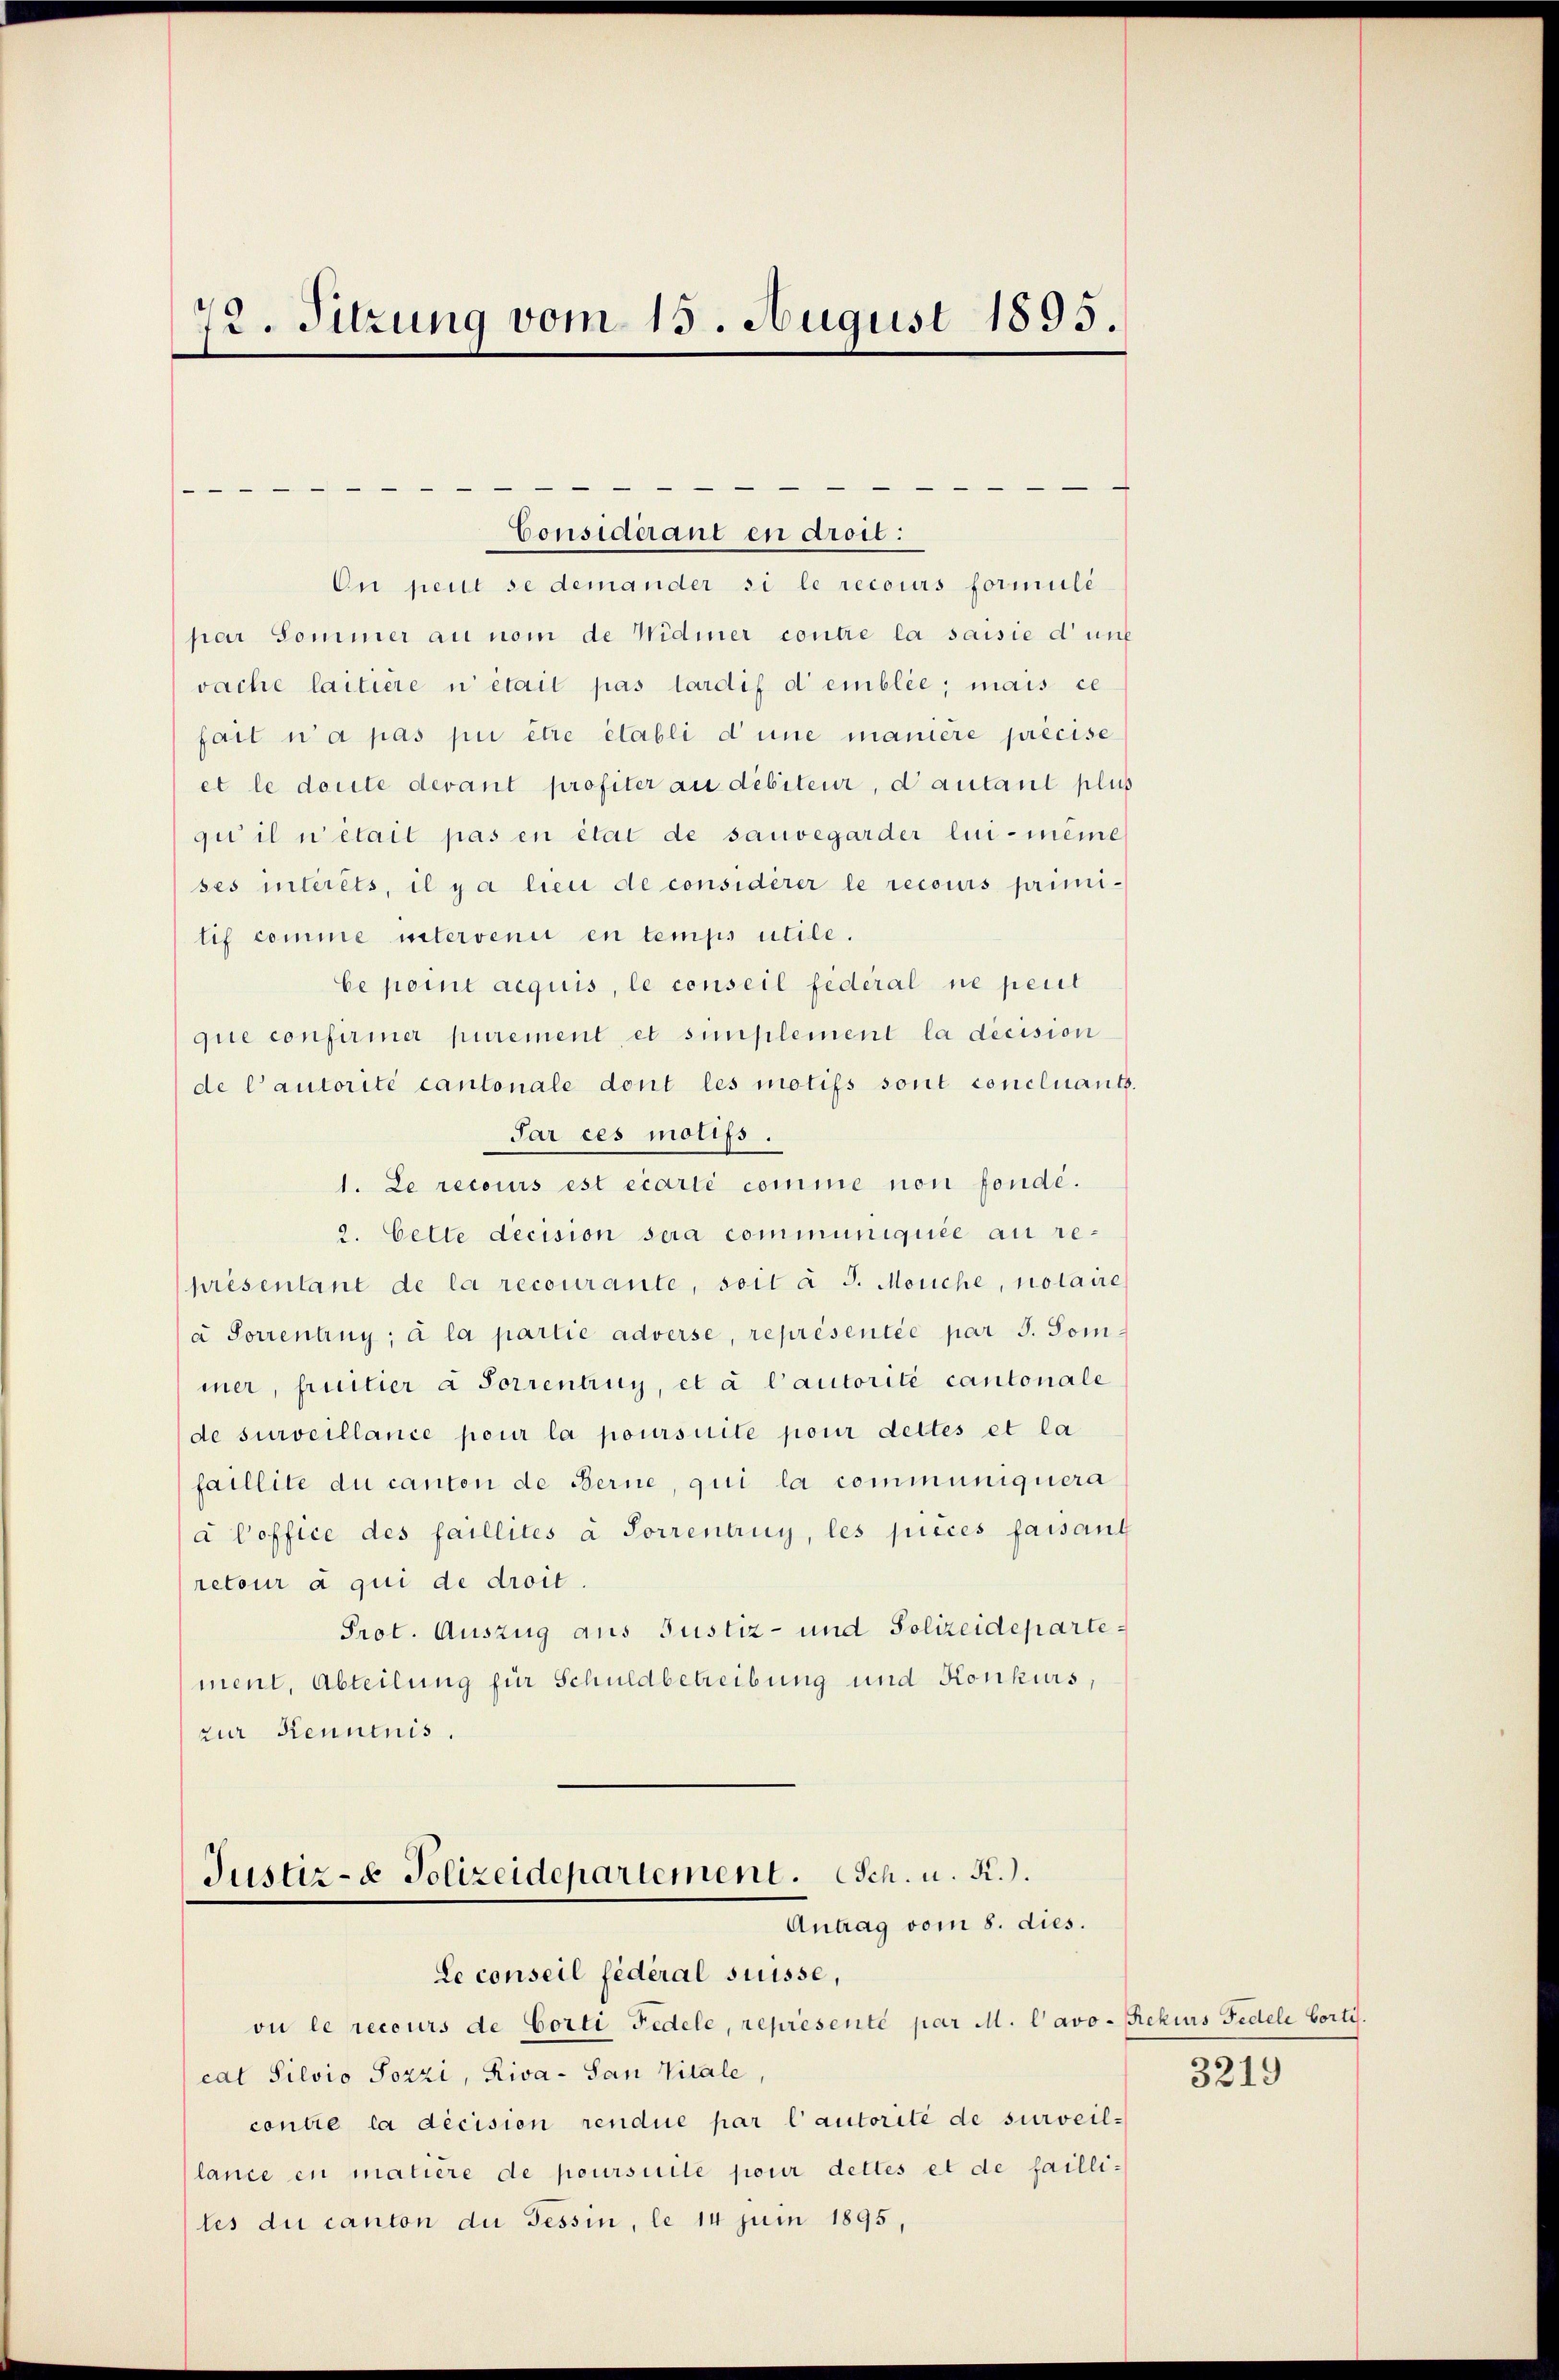
72. Sitzung vom 15. August 1895.

—
On peut se demander si le recours formuli
par Sommer au nom de Widmer contre la saisie dunk
vache laitière i était pas tardif d’ emblée; mais ce
fait n’a pas pu être établi d’une manière précise
et le dorte devant profiter au débiteur, d’autant plus
gi il n’était pas en état de sauvegarder lui-même
ses intérêts, il y a lieu de considerer le recours primitif comme intervenir en temps utile.
be point acquis, le conseil fédéral ne peut
que confirmer purement, et simplement la décision
de l’autorité cantonale dont les motifs sont concluant
Sar ces motifs,
1. Le recours est écarté comme non fonde.
2. Cette decision sera communiquée au représentant de la recourante, soit à J. Mouche, notaire
a Sorrentrug; à la partie adverse, représentée par J. Sommer, fruitier a Sorrentrug, et à l’autorité cantonale
de surveillance pour la poursuite pour dettes et la
faillite du canton de Ferne, qui la communiquera
a Poffice des faillités à Sorrentruy, les pieces faisant
retour à qui de droit.
Prot. Auszug aus Justiz- und Polizeidepartement, Abteilung für Schuldbetreibung und Konkurs,
zur Kenntnis.
Justiz- & Polizeidepartement. Sch. u. R.
Antrag vom 8. dies.
Le conseil fédéral suisse,
ou le recours de Corti Fedele, représenté par M. lavo- Rekurs Fidele borti.
cat Silvio Pozzi, Riva - San Vitale,
contre la décision rendue par l’autorité de surveillance en matière de poursuite pour dettes et de failliles du canton du Tessin, le 14 Juin 1895,

Considérant en droit.

3219